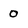
Character: 0